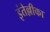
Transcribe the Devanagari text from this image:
इंतेल्लीका